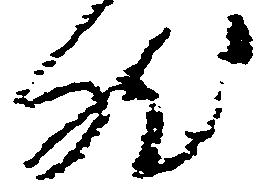
然